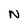
Character: N